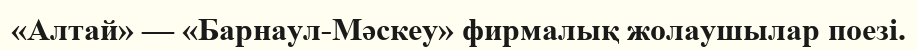
«Алтай» — «Барнаул-Мәскеу» фирмалық жолаушылар поезі.